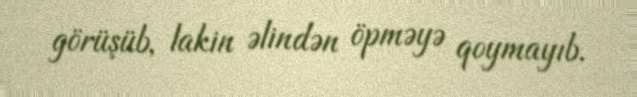
görüşüb, lakin əlindən öpməyə qoymayıb.